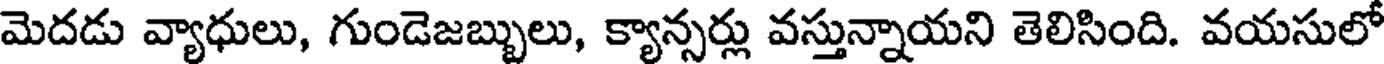
మెదడు వ్యాధులు, గుండెజబ్బులు, క్యాన్సర్లు వస్తున్నాయని తెలిసింది. వయసులో